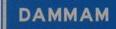
dammam